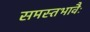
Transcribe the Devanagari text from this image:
समस्तभावैः